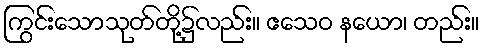
ကြွင်းသောသုတ်တို့၌လည်း။ ဧသေဝ နယော၊ တည်း။